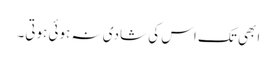
ابھی تک اس کی شادی نہ ہوئی ہوتی۔